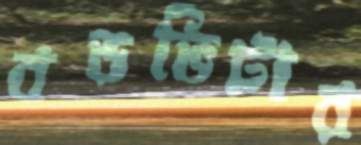
বড়ভিটার